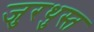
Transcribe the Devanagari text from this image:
जुरथुस्त